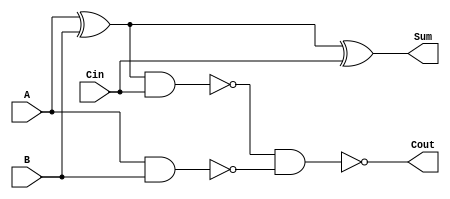
// Full Adder Verilog
`timescale 1ns / 1ps

module full_adder(
  input A, B,
  input Cin,
  output Sum,
  output Cout);

  parameter DLY = 5;

  wire xor1, nand1, nand2;

  // Sum
  xor #DLY xorgate1(xor1,A,B);
  xor #DLY xorgate2(Sum,xor1,Cin);
  // Carry Out
  nand #DLY nandgate1(nand1,xor1,Cin);
  nand #DLY nandgate2(nand2,A,B);
  nand #DLY nandgate3(Cout,nand1,nand2);

endmodule